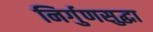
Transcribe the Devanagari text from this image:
निर्गुणसुद्धा